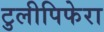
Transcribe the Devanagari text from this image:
टुलीपिफेरा